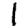
Digit: 1